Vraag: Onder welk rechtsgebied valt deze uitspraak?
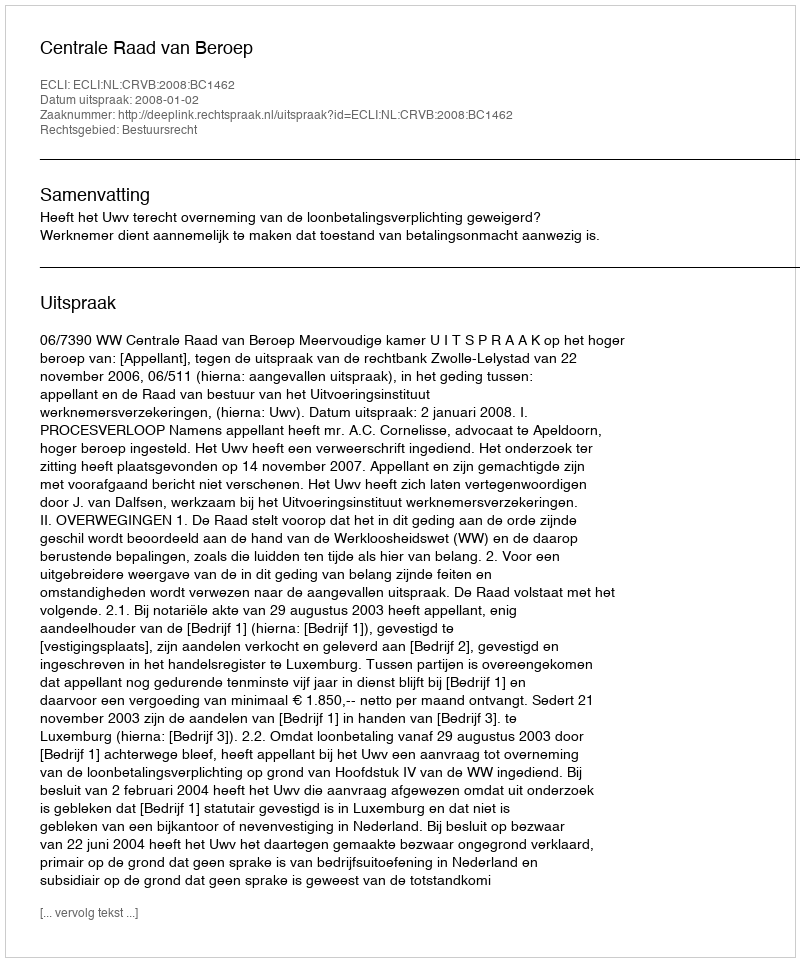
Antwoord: Bestuursrecht